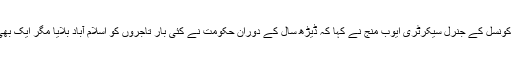
انجمن تاجران سپریم کونسل کے جنرل سیکرٹری ایوب منج نے کہا کہ ڈیڑھ سال کے دوران حکومت نے کئی بار تاجروں کو اسلام آباد بلایا مگر ایک بھی مسئلہ حل نہیں کیا۔